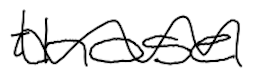
Text: those
Cross-out: wave
Writing tool: digital_black